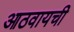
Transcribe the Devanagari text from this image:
आठवायची